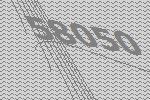
58050